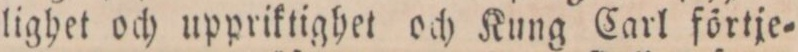
lighet och uppriktighet och Kung Carl förtje=